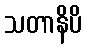
သတာနိပိ